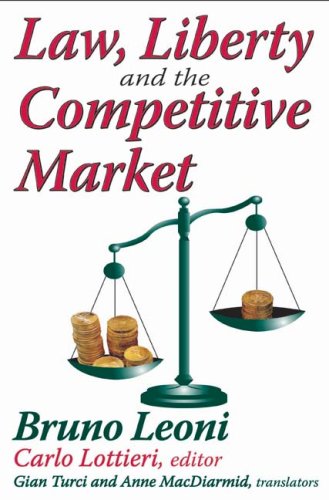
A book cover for Law, Liberty, and the Competitive Market; Bruno Leoni; Law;